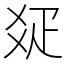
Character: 𤕟